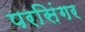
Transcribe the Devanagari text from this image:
परसिंगर